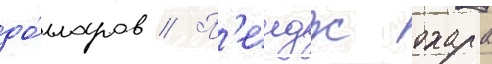
до́лларов // П'еидж охара